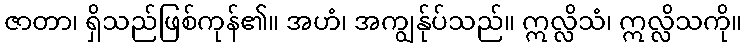
ဇာတာ၊ ရှိသည်ဖြစ်ကုန်၏။ အဟံ၊ အကျွန်ုပ်သည်။ ဣလ္လိသံ၊ ဣလ္လိသကို။